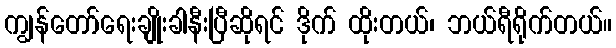
ကျွန်တော်ရေးချိုးခါနီးပြီဆိုရင် ဒိုက် ထိုးတယ်၊ ဘယ်ရီရိုက်တယ်။